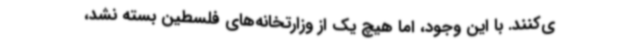
ی‌کنند. با این وجود، اما هیچ یک از وزارتخانه‌های فلسطین بسته نشد،